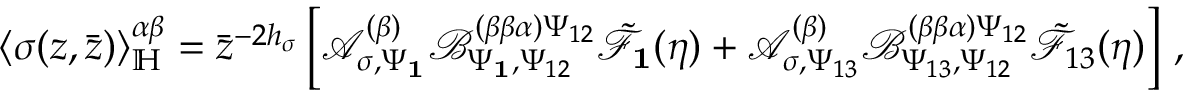
\langle \sigma ( z , \bar { z } ) \rangle _ { \mathbb { H } } ^ { \alpha \beta } = \bar { z } ^ { - 2 h _ { \sigma } } \left[ \mathcal { A } _ { \sigma , \Psi _ { \mathbf { 1 } } } ^ { ( \beta ) } \mathcal { B } _ { \Psi _ { \mathbf { 1 } } , \Psi _ { 1 2 } } ^ { ( \beta \beta \alpha ) \Psi _ { 1 2 } } \tilde { \mathcal { F } } _ { \mathbf { 1 } } ( \eta ) + \mathcal { A } _ { \sigma , \Psi _ { 1 3 } } ^ { ( \beta ) } \mathcal { B } _ { \Psi _ { 1 3 } , \Psi _ { 1 2 } } ^ { ( \beta \beta \alpha ) \Psi _ { 1 2 } } \tilde { \mathcal { F } } _ { 1 3 } ( \eta ) \right] \, ,